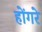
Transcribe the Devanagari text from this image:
होंगरे